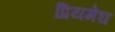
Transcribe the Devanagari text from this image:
प्रियमेघ